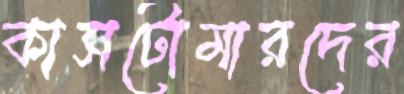
কাসটোমারদের